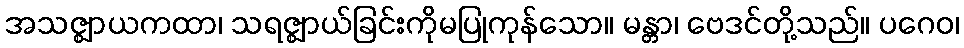
အသဇ္ဈာယကထာ၊ သရဇ္ဈာယ်ခြင်းကိုမပြုကုန်သော။ မန္တာ၊ ဗေဒင်တို့သည်။ ပဂေဝ၊